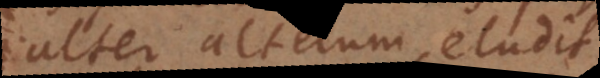
alter alterum eludit.